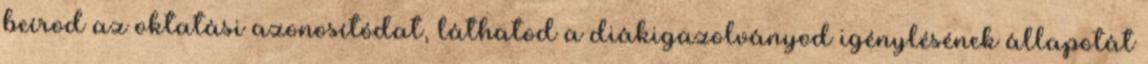
beírod az oktatási azonosítódat, láthatod a diákigazolványod igénylésének állapotát